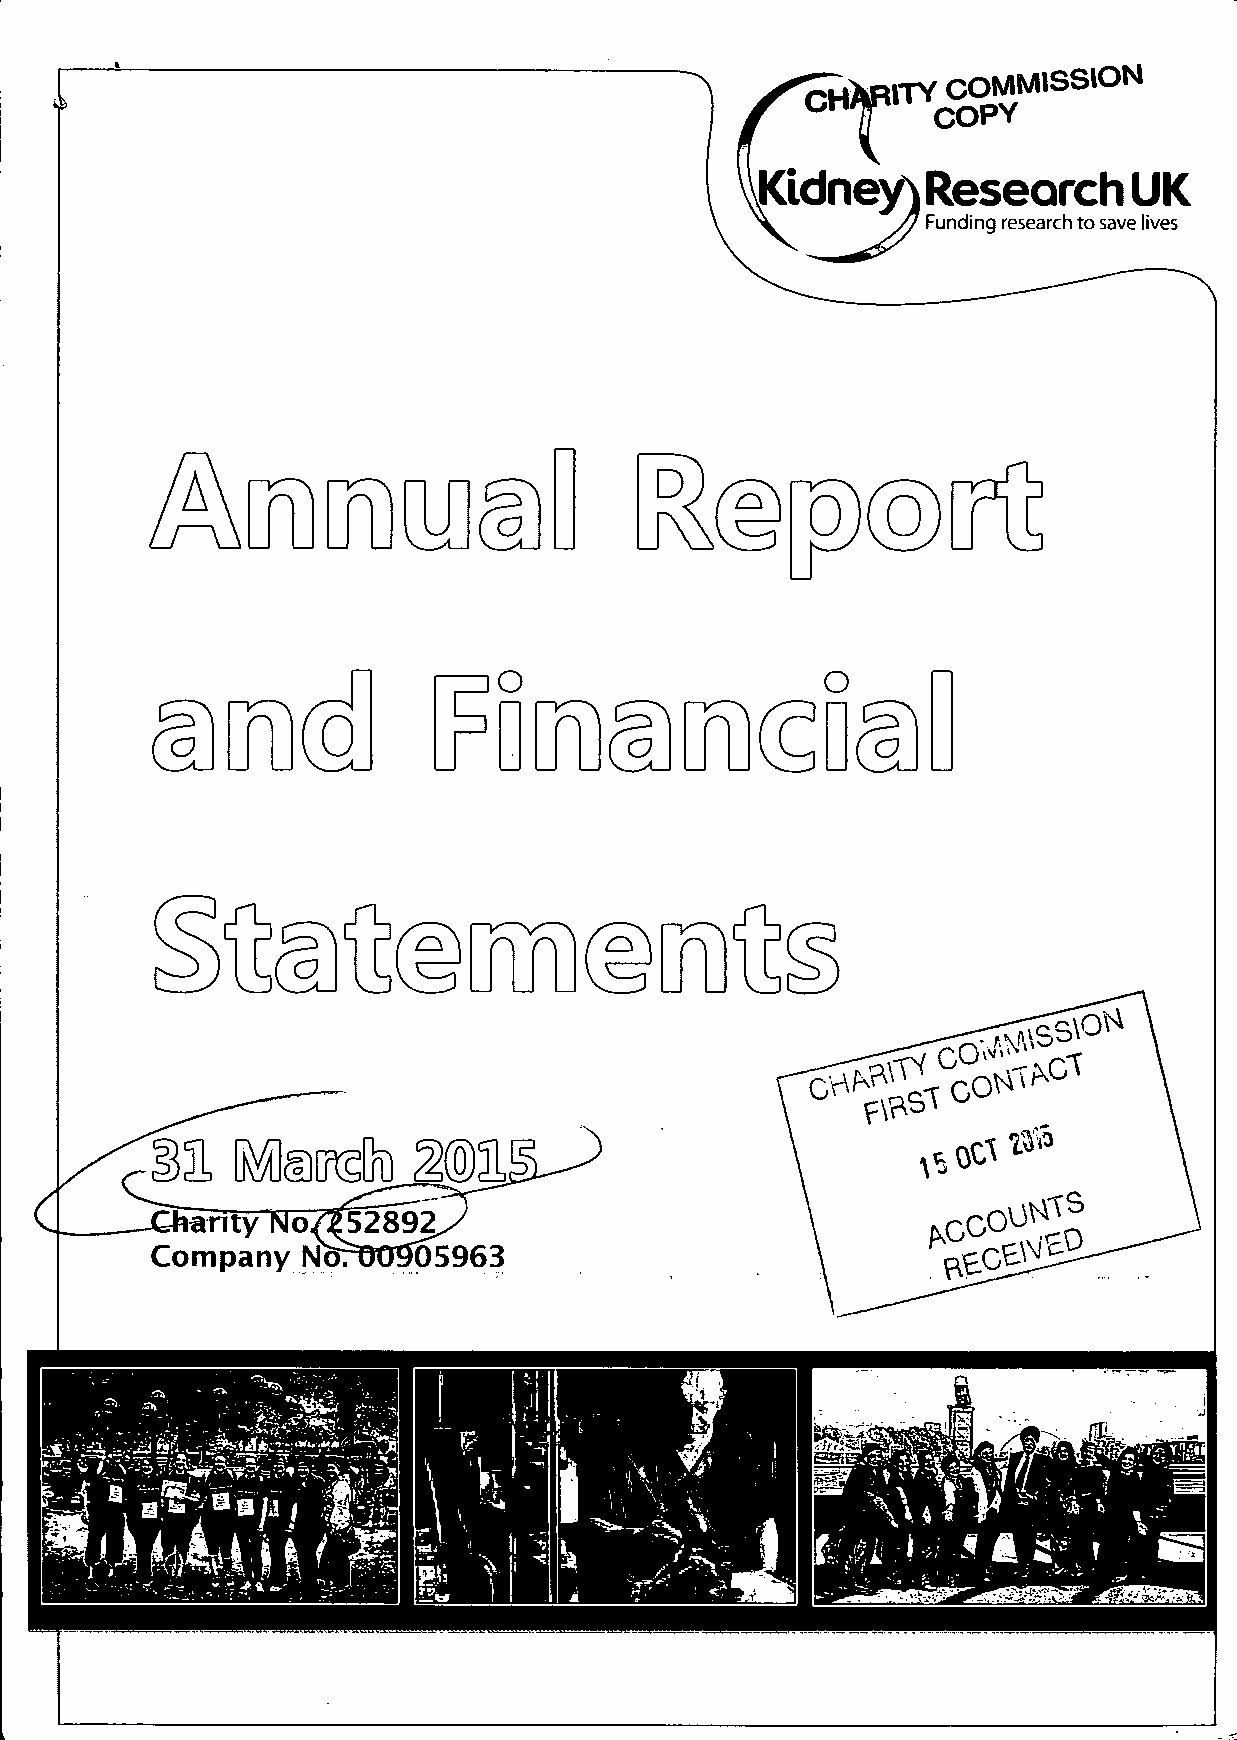
'' Kidney)Research         UK
 L       yy Funding research to save lives